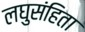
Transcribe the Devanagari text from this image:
लघुसंहिता